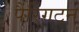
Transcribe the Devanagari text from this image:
पैरिंगटन